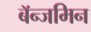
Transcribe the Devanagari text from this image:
बॅन्जमिन